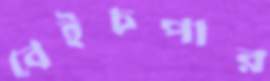
বেইচপার